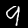
Label: 9